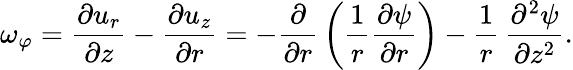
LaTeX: \omega_{\varphi}={\frac{\partial u_{r}}{\partial z}}-{\frac{\partial u_{z}}{\partial r}}=-{\frac{\partial}{\partial r}}\left({\frac{1}{r}}{\frac{\partial\psi}{\partial r}}\right)-{\frac{1}{r}}\, {\frac{\partial^{2}\psi}{\partial z^{2}}}.